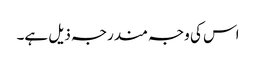
اس کی وجہ مندرجہ ذیل ہے۔